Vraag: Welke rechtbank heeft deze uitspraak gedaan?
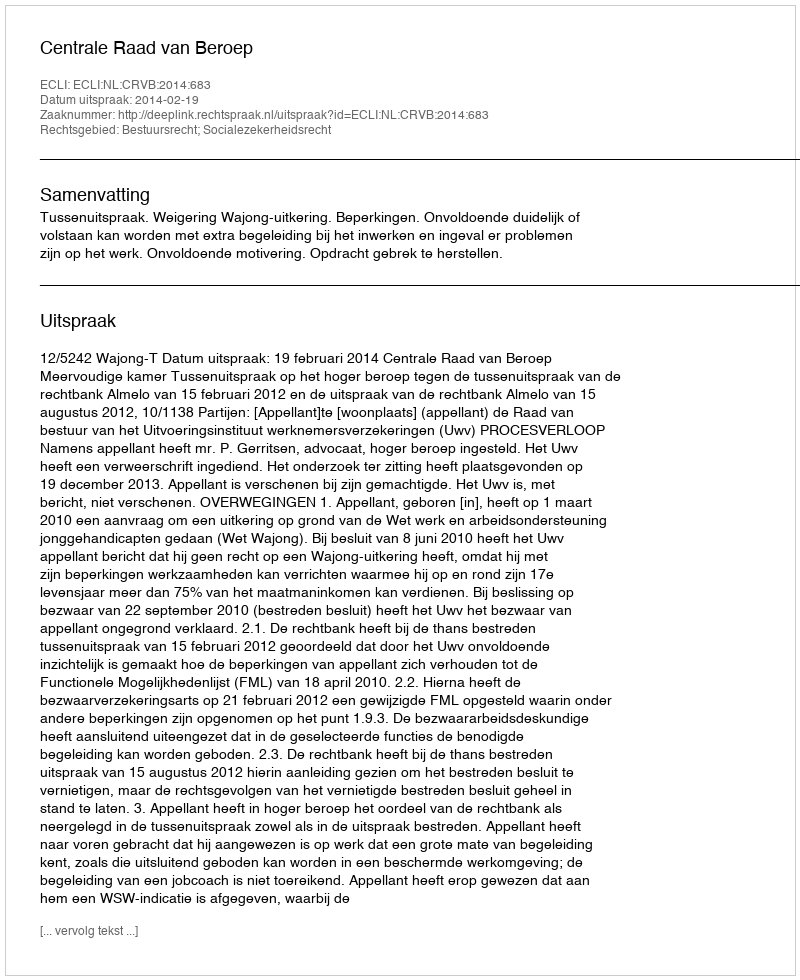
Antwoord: Centrale Raad van Beroep